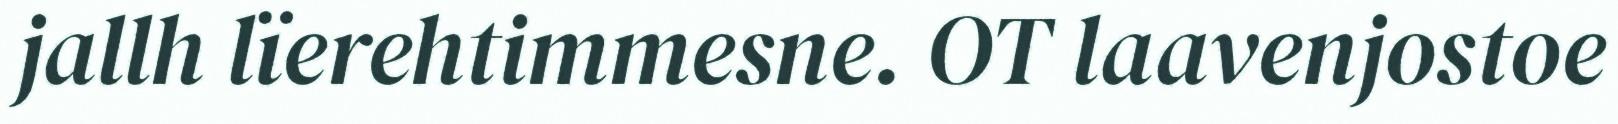
jallh lïerehtimmesne. OT laavenjostoe